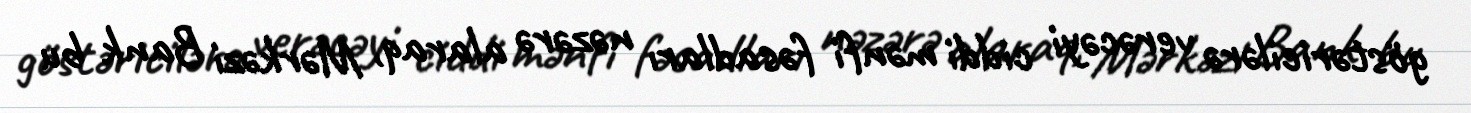
göstəricilərə verəcəyi ciddi mənfi fəsadları nəzərə alaraq, Mərkəzi Bank bu